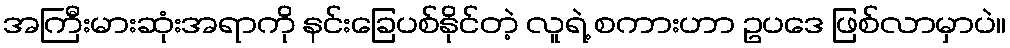
အကြီးမားဆုံးအရာကို နင်းခြေပစ်နိုင်တဲ့ လူရဲ့ စကားဟာ ဥပဒေ ဖြစ်လာမှာပဲ။